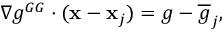
\begin{array} { r } { \nabla g ^ { G G } \cdot ( { \bf x } - { \bf x } _ { j } ) = { g } - \overline { { g } } _ { j } , } \end{array}